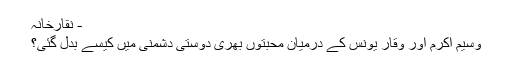
- نقارخانہ
وسیم اکرم اور وقار یونس کے درمیان محبتوں بھری دوستی دشمنی میں کیسے بدل گئی؟